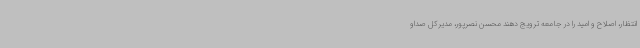
انتظار، اصلاح و امید را در جامعه ترویج دهند محسن نصرپور، مدیرکل صداو